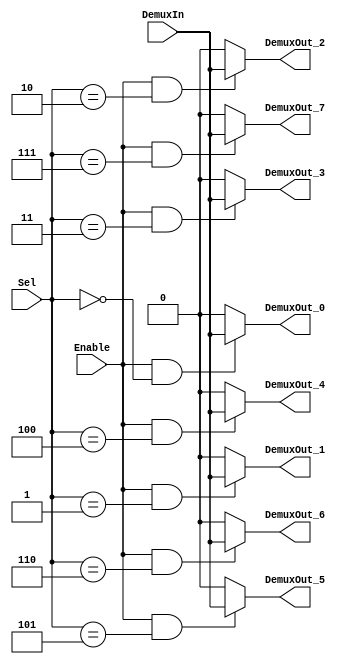
/******************************************************************************
 ** Logisim goes FPGA automatic generated Verilog code                       **
 **                                                                          **
 ** Component : Demultiplexer_8                                              **
 **                                                                          **
 ******************************************************************************/

`timescale 1ns/1ps
module Demultiplexer_8( DemuxIn,
                        Enable,
                        Sel,
                        DemuxOut_0,
                        DemuxOut_1,
                        DemuxOut_2,
                        DemuxOut_3,
                        DemuxOut_4,
                        DemuxOut_5,
                        DemuxOut_6,
                        DemuxOut_7);

   /***************************************************************************
    ** Here the inputs are defined                                           **
    ***************************************************************************/
   input  DemuxIn;
   input  Enable;
   input[2:0]  Sel;

   /***************************************************************************
    ** Here the outputs are defined                                          **
    ***************************************************************************/
   output DemuxOut_0;
   output DemuxOut_1;
   output DemuxOut_2;
   output DemuxOut_3;
   output DemuxOut_4;
   output DemuxOut_5;
   output DemuxOut_6;
   output DemuxOut_7;
   assign DemuxOut_0   = (Enable&(Sel == 3'b000 )) ? DemuxIn : 0;
   assign DemuxOut_1   = (Enable&(Sel == 3'b001 )) ? DemuxIn : 0;
   assign DemuxOut_2   = (Enable&(Sel == 3'b010 )) ? DemuxIn : 0;
   assign DemuxOut_3   = (Enable&(Sel == 3'b011 )) ? DemuxIn : 0;
   assign DemuxOut_4   = (Enable&(Sel == 3'b100 )) ? DemuxIn : 0;
   assign DemuxOut_5   = (Enable&(Sel == 3'b101 )) ? DemuxIn : 0;
   assign DemuxOut_6   = (Enable&(Sel == 3'b110 )) ? DemuxIn : 0;
   assign DemuxOut_7   = (Enable&(Sel == 3'b111 )) ? DemuxIn : 0;

endmodule